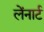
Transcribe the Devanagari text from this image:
लेंनार्ट